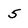
Character: 5